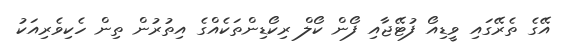
އޭގެ ތެރޭގައި ވީޑިއޯ ފުޓޭޖާއި ފޯން ކޯލް ރިކޯޑިންތަކެއްގެ އިތުރުން ތިން ހެކިވެރިއަކު